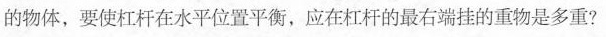
的物体，要使杠杆在水平位置平衡，应在杠杆的最右端挂的重物是多重?